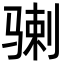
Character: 𩨉